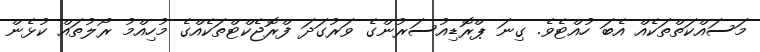
މަސައްކަތްތަކެއް އެބަ ހުއްޓެވެ. ގިނަ ޕްރޮޑިއުސަރުންގެ ވަރުގަދަ ފްރޮޖެކްޓްތަކެއްގެ މުހިއްމު ރޯލުތައް ކުޅެން